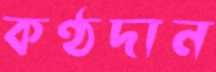
কণ্ঠদান